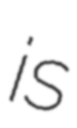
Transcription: is